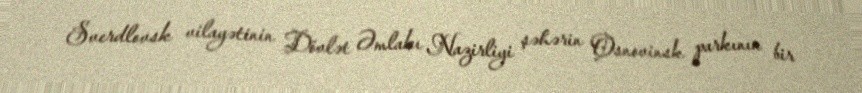
Sverdlovsk vilayətinin Dövlət Əmlakı Nazirliyi şəhərin Osnovinsk parkının bir